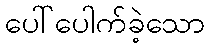
ပေါ်ပေါက်ခဲ့သော